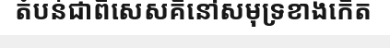
តំបន់ជាពិសេសគឺនៅសមុទ្រខាងកើត